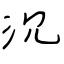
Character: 沉